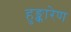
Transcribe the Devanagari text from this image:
हुङ्कारेण